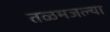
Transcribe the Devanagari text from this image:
तळमजल्या